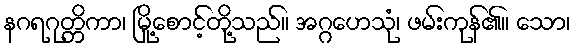
နဂရဂုတ္တိကာ၊ မြို့စောင့်တို့သည်။ အဂ္ဂဟေသုံ၊ ဖမ်းကုန်၏။ သော၊